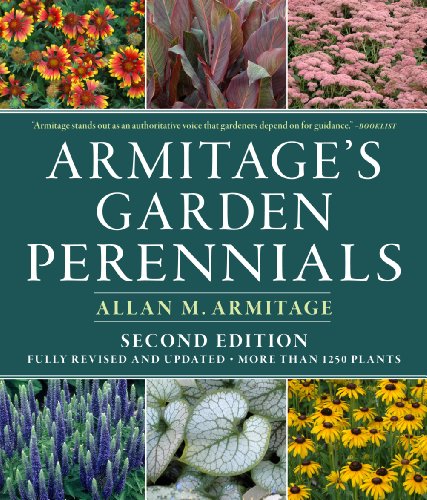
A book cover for Armitage's Garden Perennials: Second Edition, Fully Revised and Updated; Allan M. Armitage; Crafts, Hobbies & Home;